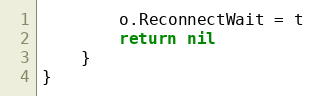
Language: Go
		o.ReconnectWait = t
		return nil
	}
}